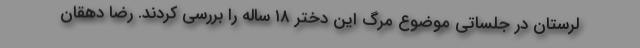
لرستان در جلساتی موضوع مرگ این دختر ۱۸ ساله را بررسی کردند. رضا دهقان